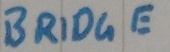
Text: BRIDGE